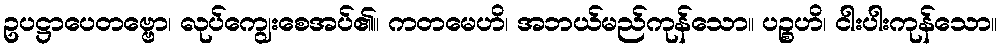
ဥပဋ္ဌာပေတဗ္ဗော၊ လုပ်ကျွေးစေအပ်၏။ ကတမေဟိ၊ အဘယ်မည်ကုန်သော။ ပဉ္စဟိ၊ ငါးပါးကုန်သော။